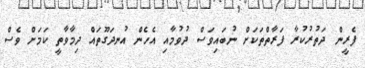
ފެރީން ދަތުރުކުރާ ފަރާތްތަކަށް ނުބައިވަސް ދުވުމާއި އެހެން އުނދަގޫތައް ދިމާވާތީ ކަމަށް ވެސް